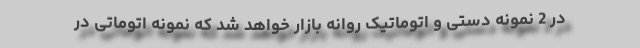
در 2 نمونه دستی و اتوماتیک روانه بازار خواهد شد که نمونه اتوماتی در